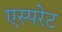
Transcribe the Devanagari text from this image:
एस्परेट